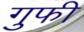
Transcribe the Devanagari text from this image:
गुफी